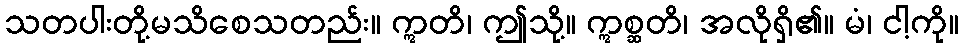
သတပါးတို့မသိစေသတည်း။ ဣတိ၊ ဤသို့။ ဣစ္ဆတိ၊ အလိုရှိ၏။ မံ၊ ငါ့ကို။